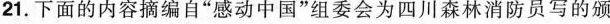
21.下面的内容摘编自”感动中国”组委会为四川森林消防员写的颁